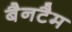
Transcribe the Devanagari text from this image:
बैनटैम